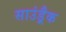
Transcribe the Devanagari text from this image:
साउंड़्रैक